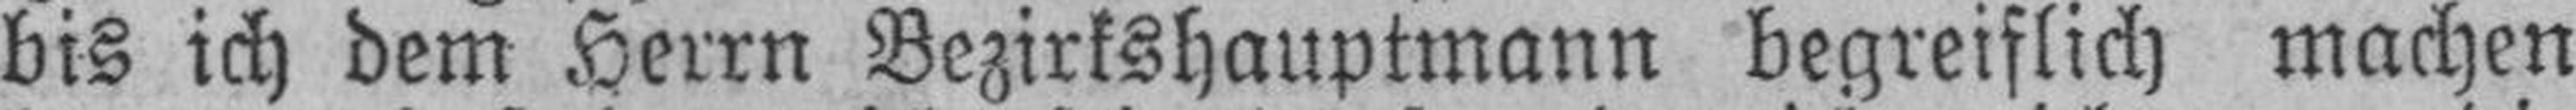
bis ich dem Herrn Bezirkshauptmann begreiflich machen